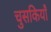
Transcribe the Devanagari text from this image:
चुसकियाँ